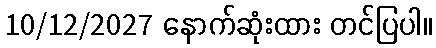
10/12/2027 နောက်ဆုံးထား တင်ပြပါ။